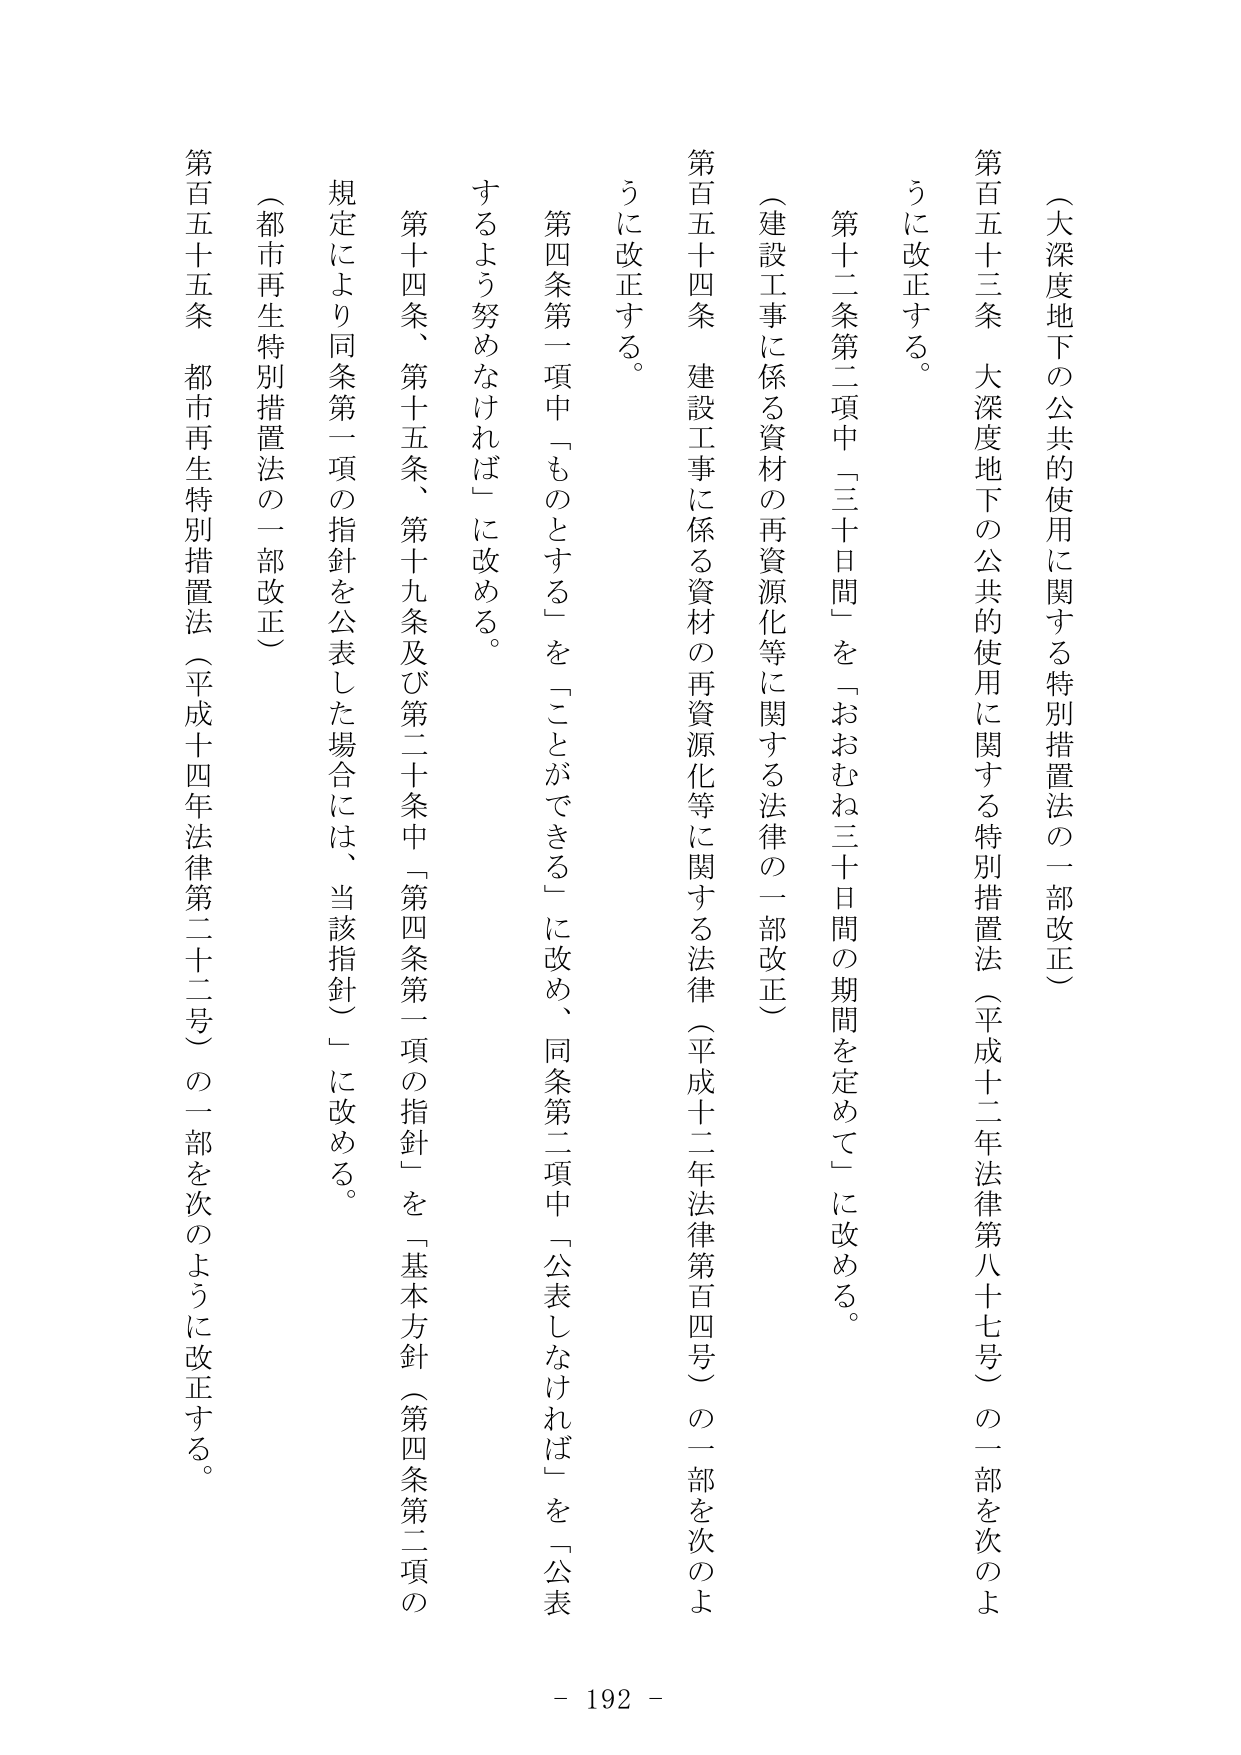
（大深度地下の公共的使用に関する特別措置法の一部改正）

第百五十三条　大深度地下の公共的使用に関する特別措置法（平成十二年法律第八十七号）の一部を次のように改正する。

　第十二条第二項中「三十日間」を「おおむね三十日間の期間を定めて」に改める。

（建設工事に係る資材の再資源化等に関する法律の一部改正）

第百五十四条　建設工事に係る資材の再資源化等に関する法律（平成十二年法律第百四号）の一部を次のように改正する。

　第四条第一項中「ものとする」を「ことができる」に改め、同条第二項中「公表しなければ」を「公表するよう努めなければ」に改める。

　第十四条、第十五条、第十九条及び第二十条中「第四条第一項の指針」を「基本方針（第四条第二項の規定により同条第一項の指針を公表した場合には、当該指針）」に改める。

（都市再生特別措置法の一部改正）

第百五十五条　都市再生特別措置法（平成十四年法律第二十二号）の一部を次のように改正する。

- 192 -